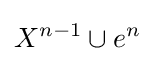
X^{n-1}\cup e^{n}